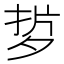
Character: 𭡂